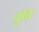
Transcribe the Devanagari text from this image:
तुभ्य